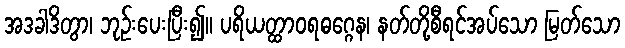
အဒခါဒိတွာ၊ ဘုဉ်းပေးပြီး၍။ ပရိယတ္ထာဝရဓဂ္ဂေန၊ နတ်တို့စီရင်အပ်သော မြတ်သော